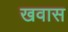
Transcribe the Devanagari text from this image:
खवास